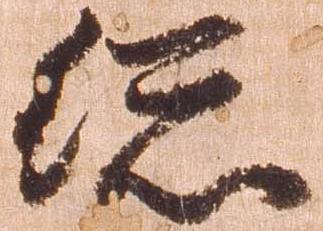
総